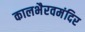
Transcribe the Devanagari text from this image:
कालभैरवमंदिर